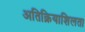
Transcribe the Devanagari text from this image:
अतिक्रियाशिलता